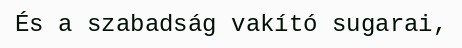
És a szabadság vakító sugarai,